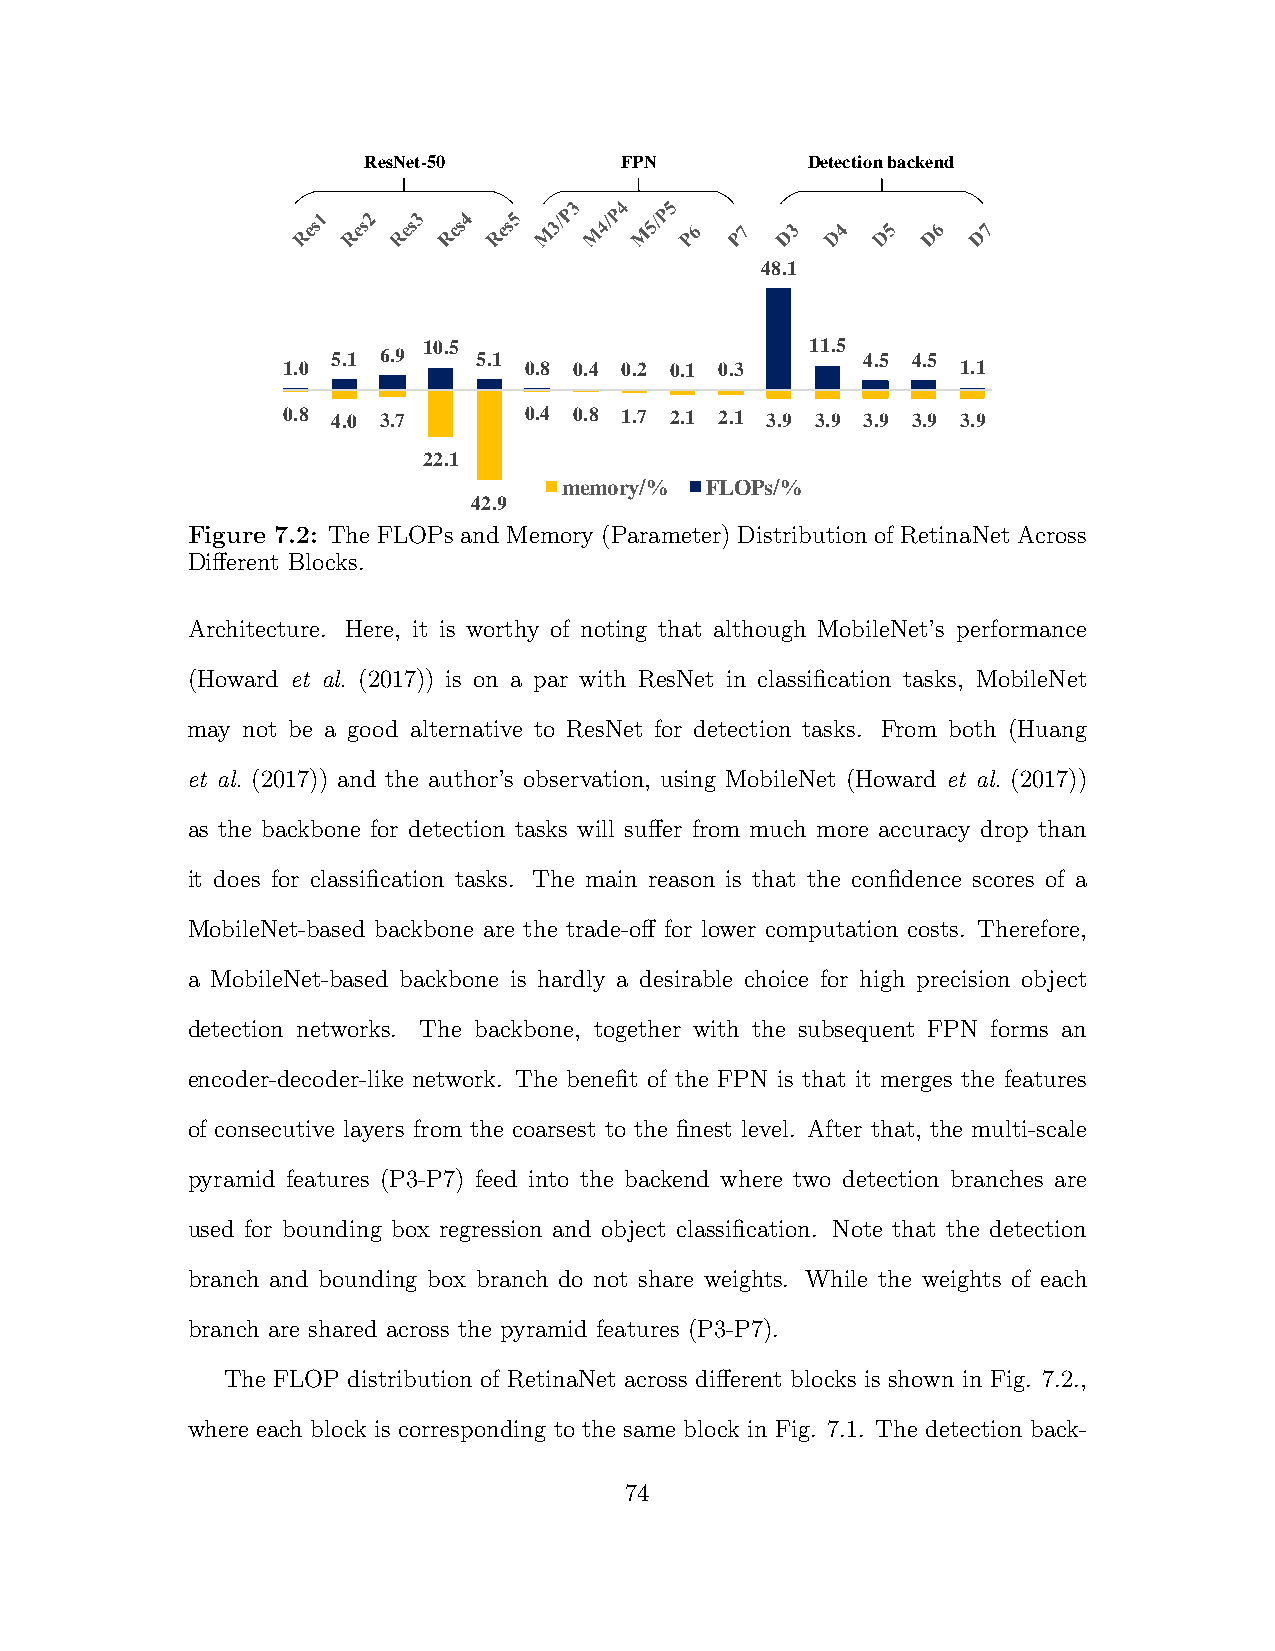
ResNet-50        FPN         Detection backend
 48.1
 10.5                      11.5
 5.1 6.9   5.1                      4.5 4.5
 1.0             0.8 0.4 0.2 0.1 0.3          1.1
 0.8 4.0 3.7     0.4 0.8 1.7 2.1 2.1 3.9 3.9 3.9 3.9 3.9
 22.1
 memory/%  FLOPs/%
 42.9
 Figure 7.2: The FLOPs and Memory (Parameter) Distribution of RetinaNet Across
 Different Blocks.
 Architecture. Here, it is worthy of noting that although MobileNet’s performance
 (Howard et al. (2017)) is on a par with ResNet in classification tasks, MobileNet
 may not be a good alternative to ResNet for detection tasks. From both (Huang
 et al. (2017)) and the author’s observation, using MobileNet (Howard et al. (2017))
 as the backbone for detection tasks will suffer from much more accuracy drop than
 it does for classification tasks. The main reason is that the confidence scores of a
 MobileNet-based backbone are the trade-off for lower computation costs. Therefore,
 a MobileNet-based backbone is hardly a desirable choice for high precision object
 detection networks. The backbone, together with the subsequent FPN forms an
 encoder-decoder-like network. The benefit of the FPN is that it merges the features
 of consecutive layers from the coarsest to the finest level. After that, the multi-scale
 pyramid features (P3-P7) feed into the backend where two detection branches are
 used for bounding box regression and object classification. Note that the detection
 branch and bounding box branch do not share weights. While the weights of each
 branch are shared across the pyramid features (P3-P7).
 The FLOP distribution of RetinaNet across different blocks is shown in Fig. 7.2.,
 where each block is corresponding to the same block in Fig. 7.1. The detection back-
 74